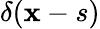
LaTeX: \delta(\mathbf{x}-s)